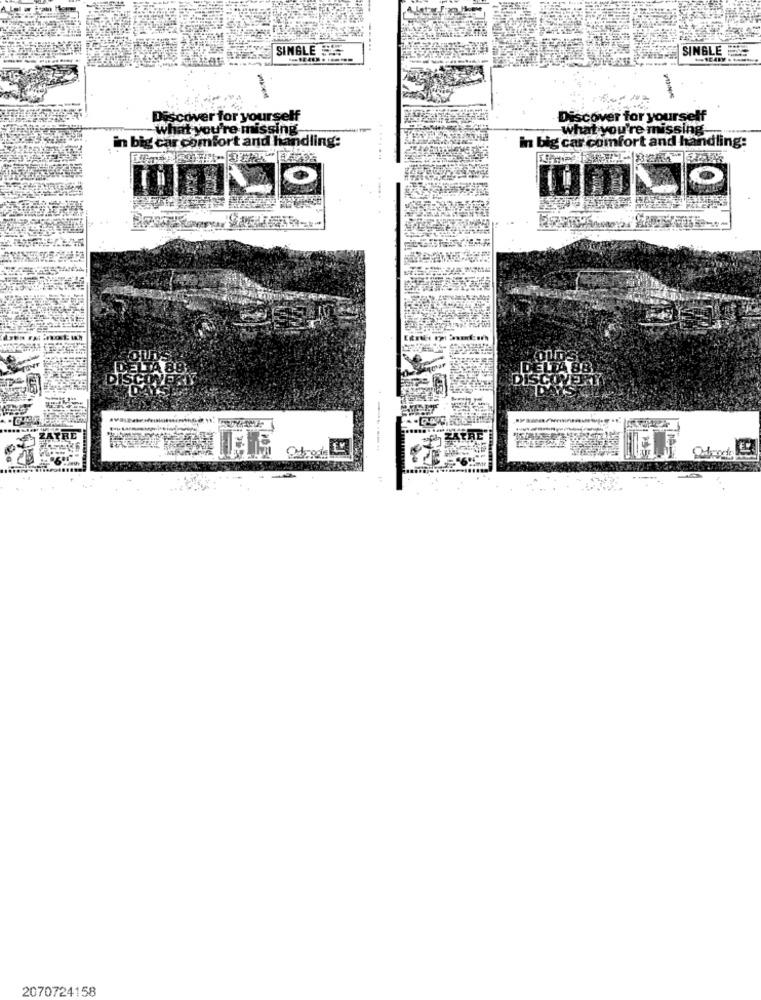
SINGLE
SINGLE
Discover for yourself
Discover for yourself
What you're missing
what you're missing.
in big car comfort and handling:
In big car comfort and handling:
O
ELTA 88
ZATRE
2070724158